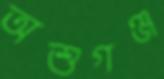
অশুগঞ্জ